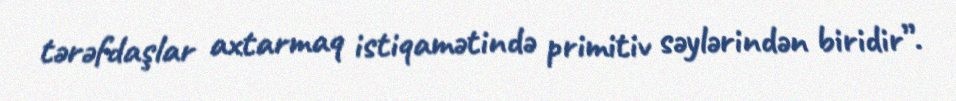
tərəfdaşlar axtarmaq istiqamətində primitiv səylərindən biridir”.